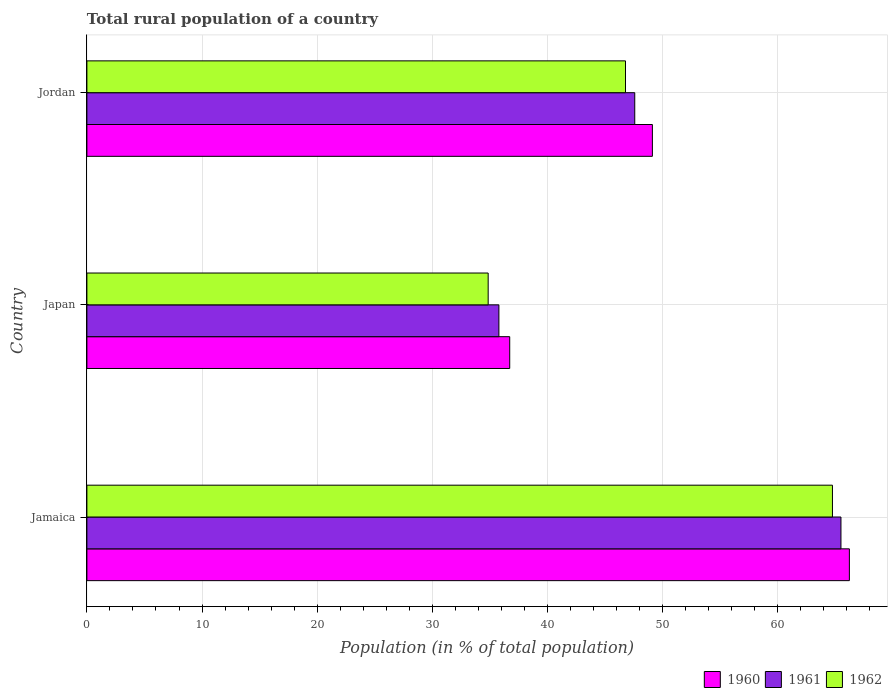
| Country | 1960 | 1961 | 1962 |
 | --- | --- | --- | --- |
 | Jamaica | 66.2 | 65.5 | 64.8 |
 | Japan | 36.7 | 35.8 | 34.9 |
 | Jordan | 49.1 | 47.6 | 46.8 |